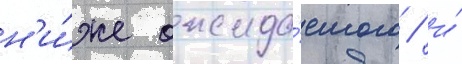
н'и́же ожида́емого / и́